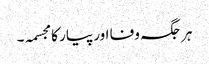
ہر جگہ وفا اور پیار کا مجسمہ۔